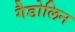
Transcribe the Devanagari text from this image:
गैडोलिन